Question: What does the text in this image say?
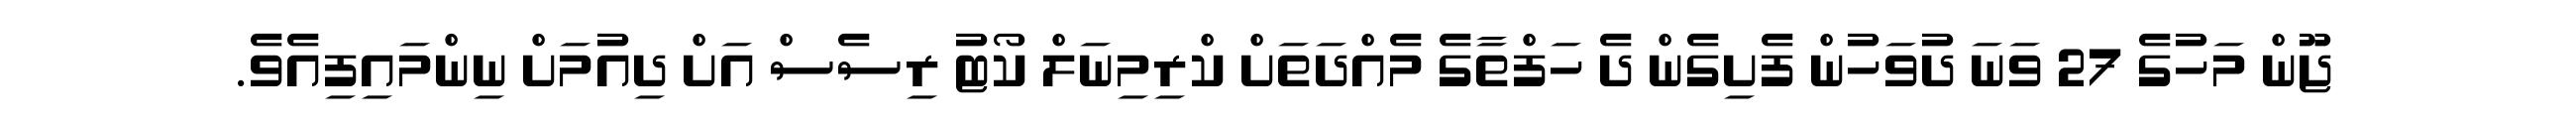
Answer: ޖޫން މަހުގެ 27 ވަނަ ދުވަހުން ފެށިގެން ދެ ހަފްތާގެ މެއްދަތަށް ކްރިމިނަލް ކޯޓު ރިސެސް އަށް ދިއުމަށް ނިންމައިފިއެވެ.